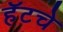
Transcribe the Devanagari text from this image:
हॅटचे